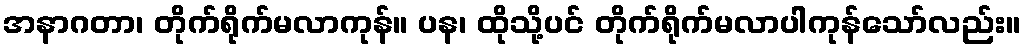
အနာဂတာ၊ တိုက်ရိုက်မလာကုန်။ ပန၊ ထိုသို့ပင် တိုက်ရိုက်မလာပါကုန်သော်လည်း။